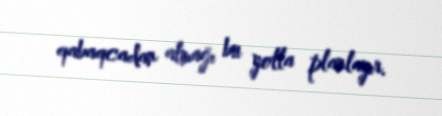
qabaqcadan almağı bu yolla planlayır.